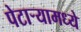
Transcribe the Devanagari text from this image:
पेटाऱ्यामध्ये